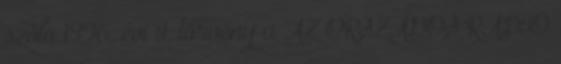
szóló 1996. évi I. törvény a AZ ORSZÁGOS RÁDIÓ